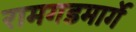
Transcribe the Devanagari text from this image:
रामगडमार्गे